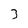
Character: 3